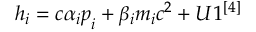
h _ { i } = c \boldsymbol { \alpha } _ { i } \boldsymbol { p } _ { i } + \beta _ { i } m _ { i } c ^ { 2 } + U 1 ^ { [ 4 ] }